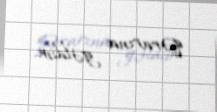
qərarına gəldim.